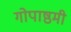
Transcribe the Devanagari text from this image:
गोपाष्ठमी